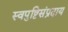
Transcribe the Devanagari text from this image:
स्वपुष्टिसंप्रदाय